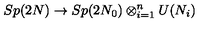
S p ( 2 N ) \to S p ( 2 N _ { 0 } ) \otimes _ { i = 1 } ^ { n } U ( N _ { i } )